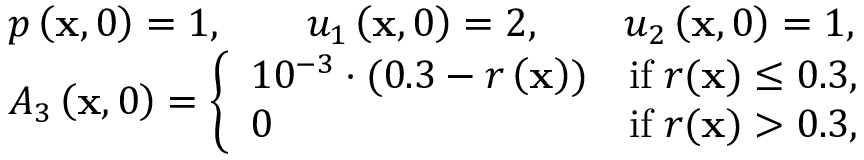
\begin{array} { r l } & { p \left( \mathbf { x } , 0 \right) = 1 , \qquad u _ { 1 } \left( \mathbf { x } , 0 \right) = 2 , \qquad u _ { 2 } \left( \mathbf { x } , 0 \right) = 1 , } \\ & { A _ { 3 } \left( \mathbf { x } , 0 \right) = \left\lbrace \begin{array} { l c } { 1 0 ^ { - 3 } \cdot ( 0 . 3 - r \left( \mathbf { x } \right) ) } & { \mathrm { i f } \; r ( \mathbf { x } ) \le 0 . 3 , } \\ { 0 } & { \mathrm { i f } \; r ( \mathbf { x } ) > 0 . 3 , } \end{array} \right. } \end{array}